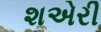
શએરી